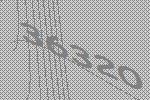
36320